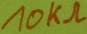
Text: 10KΩ